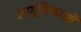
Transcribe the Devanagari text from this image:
अणुविकाओं